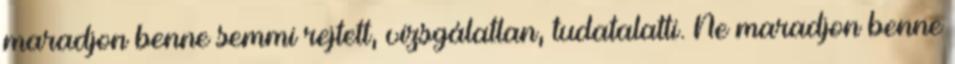
maradjon benne semmi rejtett, vizsgálatlan, tudatalatti. Ne maradjon benne